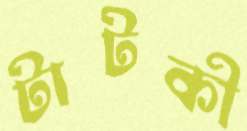
টাটকী